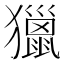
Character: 獵